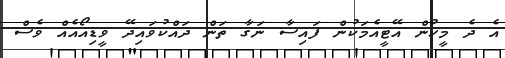
އެ ދެ މީހުން އޭޓީއެމަކުން ފައިސާ ނަގާ ތަން ދައްކުވައިދޭ ވީޑިއޯއެއް ވެސް